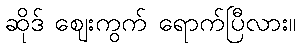
ဆိုဒ် ဈေးကွက် ရောက်ပြီလား။